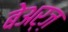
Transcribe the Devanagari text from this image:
बेअर्ज़